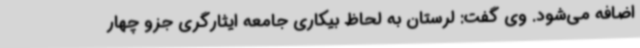
اضافه می‌شود. وی گفت: لرستان به لحاظ بیکاری جامعه ایثارگری جزو چهار